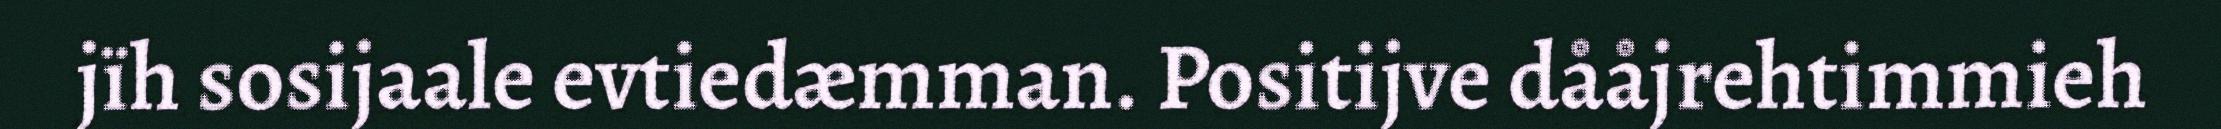
jïh sosijaale evtiedæmman. Positijve dååjrehtimmieh